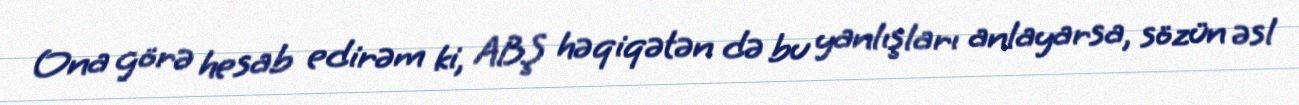
Ona görə hesab edirəm ki, ABŞ həqiqətən də bu yanlışları anlayarsa, sözün əsl